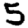
Digit: 5